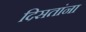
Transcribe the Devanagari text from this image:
दिसतांना